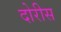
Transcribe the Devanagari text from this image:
दोरीस